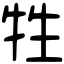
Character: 牲